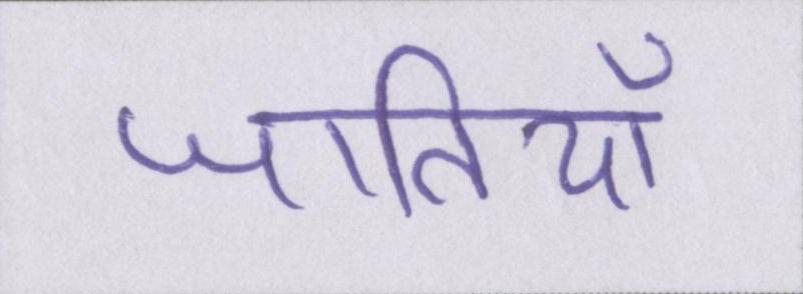
जातियाँ